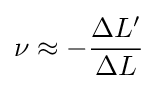
\nu \approx -{\frac {\Delta L'}{\Delta L}}